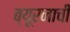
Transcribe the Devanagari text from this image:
ब्यूरनाची